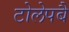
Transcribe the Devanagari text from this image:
टोलेपबै